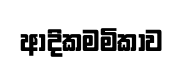
ආදිකමමිකාව